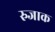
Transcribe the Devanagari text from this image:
रुजाक